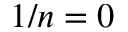
1 / n = 0